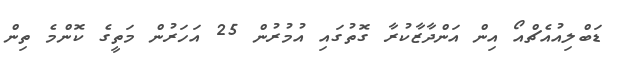
ޑަބްލިއުއެޗްއޯ އިން އަންދާޒާކުރާ ގޮތުގައި އުމުރުން 25 އަހަރުން މަތީގެ ކޮންމެ ތިން